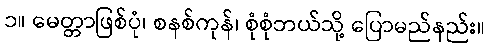
၁။ မေတ္တာဖြစ်ပုံ၊ စနစ်ကုန်၊ စုံစုံဘယ်သို့ ပြောမည်နည်း။